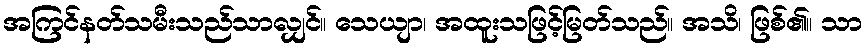
အကြင်နတ်သမီးသည်သာလျှင်။ သေယျာ၊ အထူးသဖြင့်မြတ်သည်။ အသိ၊ ဖြစ်၏။ သာ